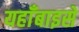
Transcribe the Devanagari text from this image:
यहाँबाइसे